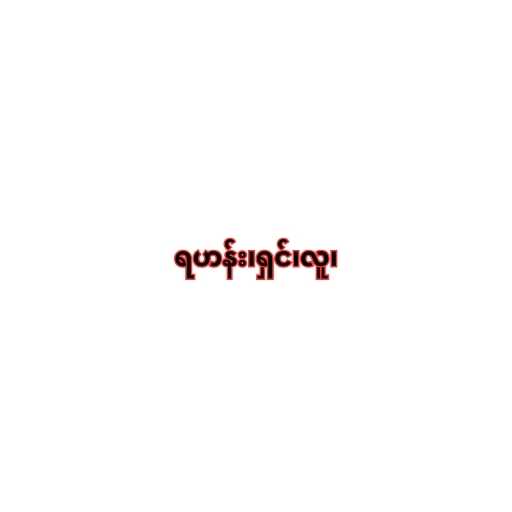
ရဟန်း၊ရှင်၊လူ၊